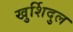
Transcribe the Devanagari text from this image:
खुर्शिदुल